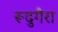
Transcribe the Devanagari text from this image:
रूदुगैरा